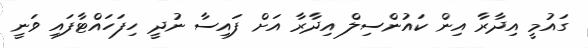
ގައުމީ އިދާރާ އިން ކައުންސިލް އިދާރާ އަށް ފައިސާ ނުދީ ހިފަހައްޓާފައި ވަނީ